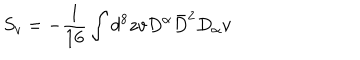
S _ { v } = - \frac { 1 } { 1 6 } \int d ^ { 8 } z v D ^ { \alpha } \bar { D } ^ { 2 } D _ { \alpha } v